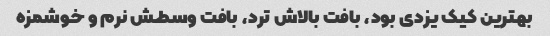
بهترین کیک یزدی بود، بافت بالاش ترد، بافت وسطش نرم و خوشمزه